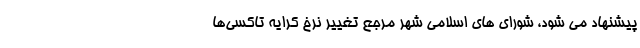
پیشنهاد می شود، شورای های اسلامی شهر مرجع تغییر نرخ کرایه تاکسی‌ها